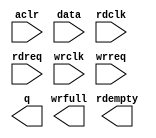
// megafunction wizard: %FIFO%VBB%
// GENERATION: STANDARD
// VERSION: WM1.0
// MODULE: dcfifo 

// ============================================================
// Megafunction Name(s):
// 			dcfifo
//
// Simulation Library Files(s):
// 			altera_mf
// ============================================================
// ************************************************************
// THIS IS A WIZARD-GENERATED FILE. DO NOT EDIT THIS FILE!
//
// 14.1.0 Build 186 12/03/2014 SJ Full Version
// ************************************************************

//Copyright (C) 1991-2014 Altera Corporation. All rights reserved.
//Your use of Altera Corporation's design tools, logic functions 
//and other software and tools, and its AMPP partner logic 
//functions, and any output files from any of the foregoing 
//(including device programming or simulation files), and any 
//associated documentation or information are expressly subject 
//to the terms and conditions of the Altera Program License 
//Subscription Agreement, the Altera Quartus II License Agreement,
//the Altera MegaCore Function License Agreement, or other 
//applicable license agreement, including, without limitation, 
//that your use is for the sole purpose of programming logic 
//devices manufactured by Altera and sold by Altera or its 
//authorized distributors.  Please refer to the applicable 
//agreement for further details.

module ADC_fifo (
	aclr,
	data,
	rdclk,
	rdreq,
	wrclk,
	wrreq,
	q,
	rdempty,
	wrfull);

	input	  aclr;
	input	[31:0]  data;
	input	  rdclk;
	input	  rdreq;
	input	  wrclk;
	input	  wrreq;
	output	[31:0]  q;
	output	  rdempty;
	output	  wrfull;
`ifndef ALTERA_RESERVED_QIS
// synopsys translate_off
`endif
	tri0	  aclr;
`ifndef ALTERA_RESERVED_QIS
// synopsys translate_on
`endif

endmodule

// ============================================================
// CNX file retrieval info
// ============================================================
// Retrieval info: PRIVATE: AlmostEmpty NUMERIC "0"
// Retrieval info: PRIVATE: AlmostEmptyThr NUMERIC "-1"
// Retrieval info: PRIVATE: AlmostFull NUMERIC "0"
// Retrieval info: PRIVATE: AlmostFullThr NUMERIC "-1"
// Retrieval info: PRIVATE: CLOCKS_ARE_SYNCHRONIZED NUMERIC "0"
// Retrieval info: PRIVATE: Clock NUMERIC "4"
// Retrieval info: PRIVATE: Depth NUMERIC "256"
// Retrieval info: PRIVATE: Empty NUMERIC "1"
// Retrieval info: PRIVATE: Full NUMERIC "1"
// Retrieval info: PRIVATE: INTENDED_DEVICE_FAMILY STRING "Cyclone V"
// Retrieval info: PRIVATE: LE_BasedFIFO NUMERIC "0"
// Retrieval info: PRIVATE: LegacyRREQ NUMERIC "1"
// Retrieval info: PRIVATE: MAX_DEPTH_BY_9 NUMERIC "0"
// Retrieval info: PRIVATE: OVERFLOW_CHECKING NUMERIC "0"
// Retrieval info: PRIVATE: Optimize NUMERIC "0"
// Retrieval info: PRIVATE: RAM_BLOCK_TYPE NUMERIC "0"
// Retrieval info: PRIVATE: SYNTH_WRAPPER_GEN_POSTFIX STRING "0"
// Retrieval info: PRIVATE: UNDERFLOW_CHECKING NUMERIC "0"
// Retrieval info: PRIVATE: UsedW NUMERIC "1"
// Retrieval info: PRIVATE: Width NUMERIC "32"
// Retrieval info: PRIVATE: dc_aclr NUMERIC "1"
// Retrieval info: PRIVATE: diff_widths NUMERIC "0"
// Retrieval info: PRIVATE: msb_usedw NUMERIC "0"
// Retrieval info: PRIVATE: output_width NUMERIC "32"
// Retrieval info: PRIVATE: rsEmpty NUMERIC "1"
// Retrieval info: PRIVATE: rsFull NUMERIC "0"
// Retrieval info: PRIVATE: rsUsedW NUMERIC "0"
// Retrieval info: PRIVATE: sc_aclr NUMERIC "0"
// Retrieval info: PRIVATE: sc_sclr NUMERIC "0"
// Retrieval info: PRIVATE: wsEmpty NUMERIC "0"
// Retrieval info: PRIVATE: wsFull NUMERIC "1"
// Retrieval info: PRIVATE: wsUsedW NUMERIC "0"
// Retrieval info: LIBRARY: altera_mf altera_mf.altera_mf_components.all
// Retrieval info: CONSTANT: INTENDED_DEVICE_FAMILY STRING "Cyclone V"
// Retrieval info: CONSTANT: LPM_NUMWORDS NUMERIC "256"
// Retrieval info: CONSTANT: LPM_SHOWAHEAD STRING "OFF"
// Retrieval info: CONSTANT: LPM_TYPE STRING "dcfifo"
// Retrieval info: CONSTANT: LPM_WIDTH NUMERIC "32"
// Retrieval info: CONSTANT: LPM_WIDTHU NUMERIC "8"
// Retrieval info: CONSTANT: OVERFLOW_CHECKING STRING "ON"
// Retrieval info: CONSTANT: RDSYNC_DELAYPIPE NUMERIC "4"
// Retrieval info: CONSTANT: READ_ACLR_SYNCH STRING "ON"
// Retrieval info: CONSTANT: UNDERFLOW_CHECKING STRING "ON"
// Retrieval info: CONSTANT: USE_EAB STRING "ON"
// Retrieval info: CONSTANT: WRITE_ACLR_SYNCH STRING "ON"
// Retrieval info: CONSTANT: WRSYNC_DELAYPIPE NUMERIC "4"
// Retrieval info: USED_PORT: aclr 0 0 0 0 INPUT GND "aclr"
// Retrieval info: USED_PORT: data 0 0 32 0 INPUT NODEFVAL "data[31..0]"
// Retrieval info: USED_PORT: q 0 0 32 0 OUTPUT NODEFVAL "q[31..0]"
// Retrieval info: USED_PORT: rdclk 0 0 0 0 INPUT NODEFVAL "rdclk"
// Retrieval info: USED_PORT: rdempty 0 0 0 0 OUTPUT NODEFVAL "rdempty"
// Retrieval info: USED_PORT: rdreq 0 0 0 0 INPUT NODEFVAL "rdreq"
// Retrieval info: USED_PORT: wrclk 0 0 0 0 INPUT NODEFVAL "wrclk"
// Retrieval info: USED_PORT: wrfull 0 0 0 0 OUTPUT NODEFVAL "wrfull"
// Retrieval info: USED_PORT: wrreq 0 0 0 0 INPUT NODEFVAL "wrreq"
// Retrieval info: CONNECT: @aclr 0 0 0 0 aclr 0 0 0 0
// Retrieval info: CONNECT: @data 0 0 32 0 data 0 0 32 0
// Retrieval info: CONNECT: @rdclk 0 0 0 0 rdclk 0 0 0 0
// Retrieval info: CONNECT: @rdreq 0 0 0 0 rdreq 0 0 0 0
// Retrieval info: CONNECT: @wrclk 0 0 0 0 wrclk 0 0 0 0
// Retrieval info: CONNECT: @wrreq 0 0 0 0 wrreq 0 0 0 0
// Retrieval info: CONNECT: q 0 0 32 0 @q 0 0 32 0
// Retrieval info: CONNECT: rdempty 0 0 0 0 @rdempty 0 0 0 0
// Retrieval info: CONNECT: wrfull 0 0 0 0 @wrfull 0 0 0 0
// Retrieval info: GEN_FILE: TYPE_NORMAL ADC_fifo.v TRUE
// Retrieval info: GEN_FILE: TYPE_NORMAL ADC_fifo.inc FALSE
// Retrieval info: GEN_FILE: TYPE_NORMAL ADC_fifo.cmp FALSE
// Retrieval info: GEN_FILE: TYPE_NORMAL ADC_fifo.bsf FALSE
// Retrieval info: GEN_FILE: TYPE_NORMAL ADC_fifo_inst.v FALSE
// Retrieval info: GEN_FILE: TYPE_NORMAL ADC_fifo_bb.v TRUE
// Retrieval info: LIB_FILE: altera_mf